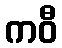
ကဝီ